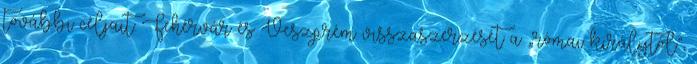
további céljait: Fehérvár és Veszprém visszaszerzését a „római királytól”,